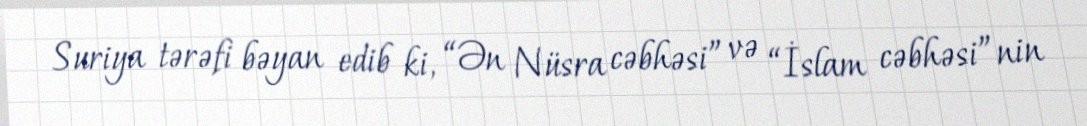
Suriya tərəfi bəyan edib ki, “Ən Nüsra cəbhəsi” və “İslam cəbhəsi”nin